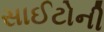
સાઈટોની